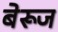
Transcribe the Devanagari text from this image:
बेरूज